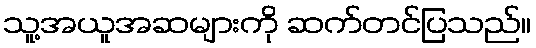
သူ့အယူအဆများကို ဆက်တင်ပြသည်။